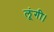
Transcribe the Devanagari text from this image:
लूंगी।